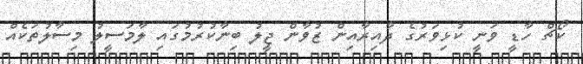
ކޯޗް ހާޑީ ވަނީ ކުޅިވަރުގެ ދާއިރާއިން ޒުވާން ޖީލު ބިނާކުރުމުގައި ލާމަސީލު މިސާލުތަކެއް